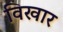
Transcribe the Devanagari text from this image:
विखार